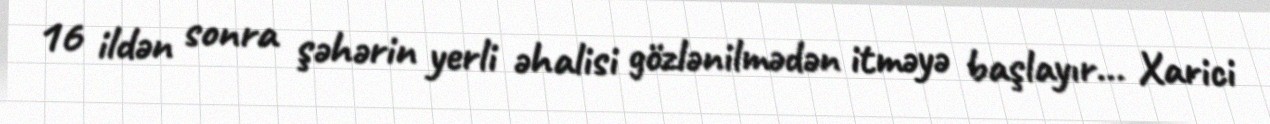
16 ildən sonra şəhərin yerli əhalisi gözlənilmədən itməyə başlayır... Xarici